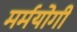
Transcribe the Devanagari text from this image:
मर्मयोगी